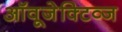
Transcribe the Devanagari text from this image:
ऑवूजेक्टिव्ज